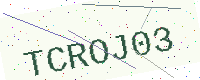
Text: TCROJ03